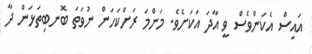
އައިސް އެކަންވެސް ވީ އާދަ އަކަށެވެ. މަންމަ ރަށްކަހަން ނުވަތަ ބޮނބިތަޅަން ދާ